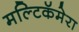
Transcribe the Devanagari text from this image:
मल्टिकॅमेरा